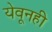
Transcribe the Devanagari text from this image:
येवूनही